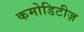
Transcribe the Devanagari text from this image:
कमोडिटीज़